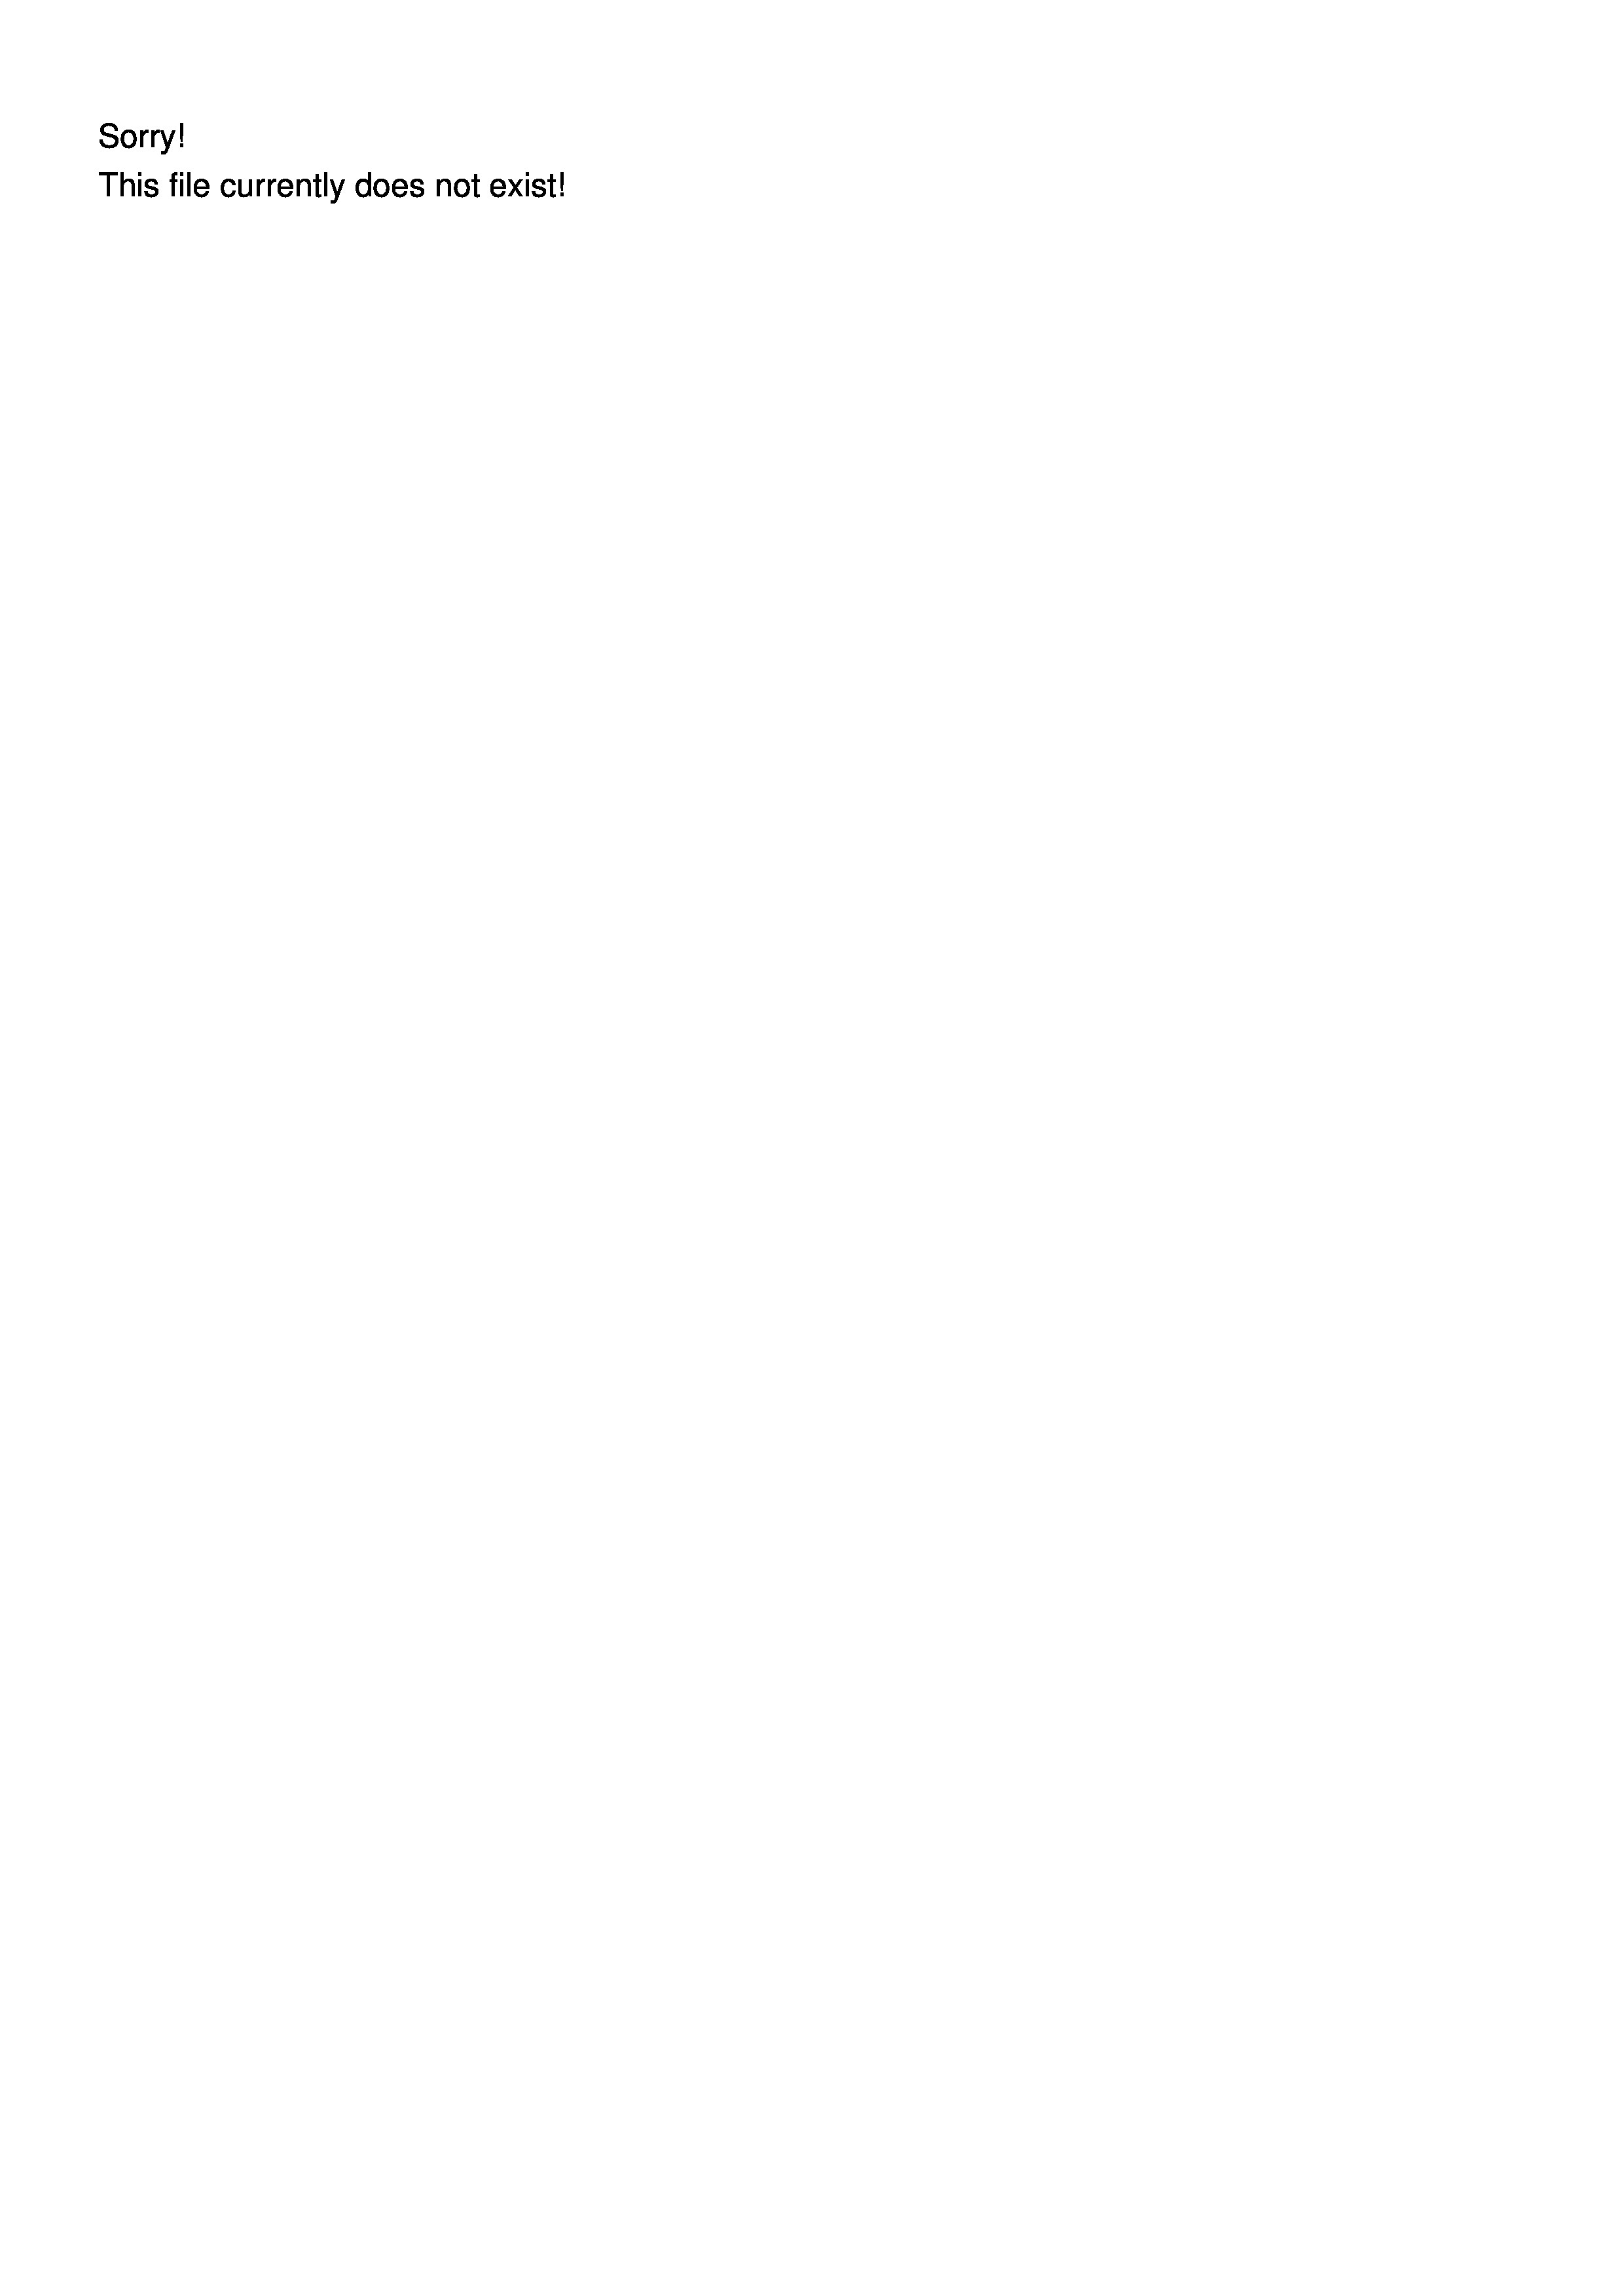
Sorry.
his file currentiy does not exist

2